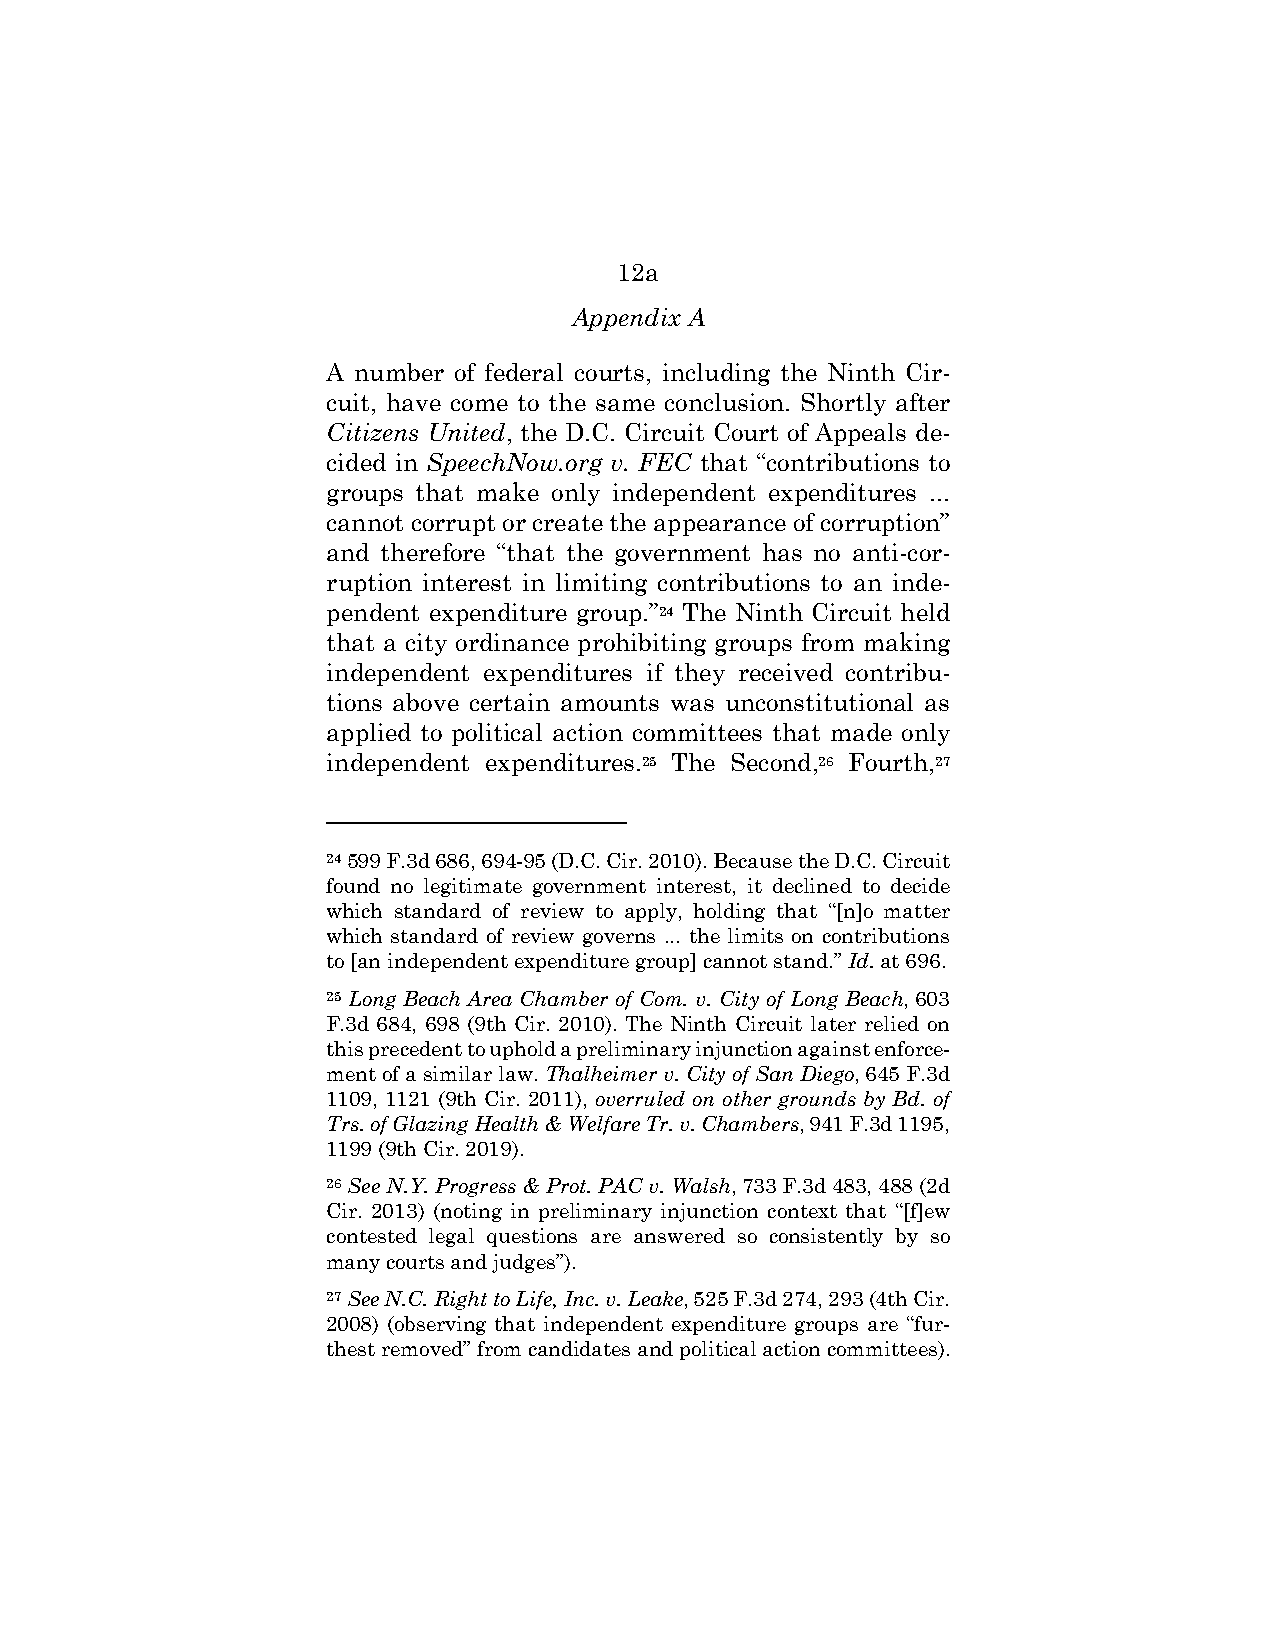
12a
 Appendix A
 A number of federal courts, including the Ninth Cir-
 cuit, have come to the same conclusion. Shortly after
 Citizens United, the D.C. Circuit Court of Appeals de-
 cided in SpeechNow.org v. FEC that “contributions to
 groups that make only independent expenditures ...
 cannot corrupt or create the appearance of corruption”
 and therefore “that the government has no anti-cor-
 ruption interest in limiting contributions to an inde-
 pendent expenditure group.”24 The Ninth Circuit held
 that a city ordinance prohibiting groups from making
 independent expenditures if they received contribu-
 tions above certain amounts was unconstitutional as
 applied to political action committees that made only
 independent expenditures.25 The Second,26 Fourth,27
 24 599 F.3d 686, 694-95 (D.C. Cir. 2010). Because the D.C. Circuit
 found no legitimate government interest, it declined to decide
 which standard of review to apply, holding that “[n]o matter
 which standard of review governs ... the limits on contributions
 to [an independent expenditure group] cannot stand.” Id. at 696.
 25 Long Beach Area Chamber of Com. v. City of Long Beach, 603
 F.3d 684, 698 (9th Cir. 2010). The Ninth Circuit later relied on
 this precedent to uphold a preliminary injunction against enforce-
 ment of a similar law. Thalheimer v. City of San Diego, 645 F.3d
 1109, 1121 (9th Cir. 2011), overruled on other grounds by Bd. of
 Trs. of Glazing Health & Welfare Tr. v. Chambers, 941 F.3d 1195,
 1199 (9th Cir. 2019).
 26 See N.Y. Progress & Prot. PAC v. Walsh, 733 F.3d 483, 488 (2d
 Cir. 2013) (noting in preliminary injunction context that “[f]ew
 contested legal questions are answered so consistently by so
 many courts and judges”).
 27 See N.C. Right to Life, Inc. v. Leake, 525 F.3d 274, 293 (4th Cir.
 2008) (observing that independent expenditure groups are “fur-
 thest removed” from candidates and political action committees).